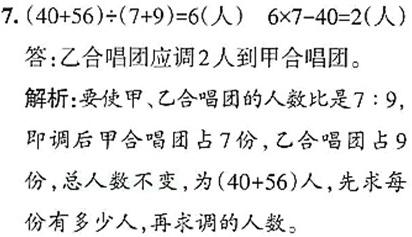
7. $(40 + 56)\div(7 + 9)=6$（人） $6\times7 - 40 = 2$（人）
答：乙合唱团应调2人到甲合唱团。
解析：要使甲、乙合唱团的人数比是7：9，即调后甲合唱团占7份，乙合唱团占9份，总人数不变，为$(40 + 56)$人，先求每份有多少人，再求调的人数。